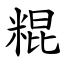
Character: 䊐